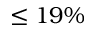
\leq 1 9 \%